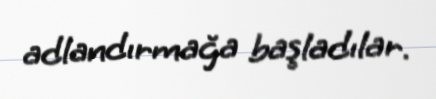
adlandırmağa başladılar.